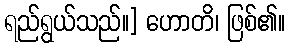
ရည်ရွယ်သည်။] ဟောတိ၊ ဖြစ်၏။